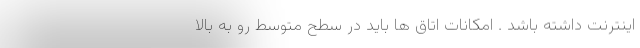
اینترنت داشته باشد . امکانات اتاق ها باید در سطح متوسط رو به بالا